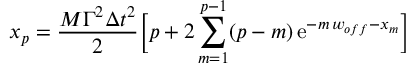
x _ { p } = { \frac { M \Gamma ^ { 2 } \Delta t ^ { 2 } } { 2 } } \Big [ p + 2 \sum _ { m = 1 } ^ { p - 1 } ( p - m ) \, \mathrm { e } ^ { - m \, w _ { o f f } - x _ { m } } \Big ]